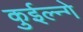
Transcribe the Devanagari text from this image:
कुईल्न्गे